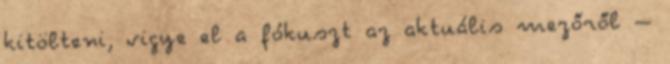
kitölteni, vigye el a fókuszt az aktuális mezőről –